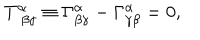
T _ { \, \, \beta \gamma } ^ { \alpha } \equiv \Gamma _ { \beta \gamma } ^ { \alpha } - \Gamma _ { \gamma \beta } ^ { \alpha } = 0 ,